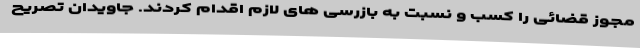
مجوز قضائی را کسب و نسبت به بازرسی های لازم اقدام کردند. جاویدان تصریح